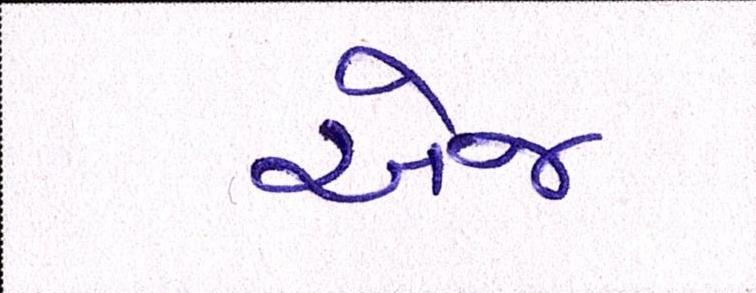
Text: એજ